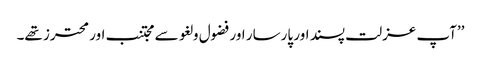
’’آپ عزلت پسند اور پارسار اور فضول و لغو سے مجتنب اور محترز تھے۔